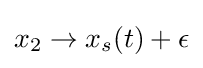
x_{2}\to x_{s}(t)+\epsilon